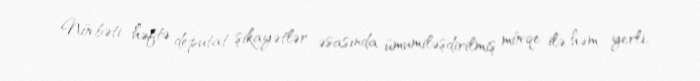
Növbəti həftə deputat şikayətlər əsasında ümumiləşdirilmiş mövqe ilə həm yerli,